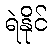
ရဲနိုင်